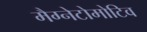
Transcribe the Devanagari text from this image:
मैग्नेटोमोटिव